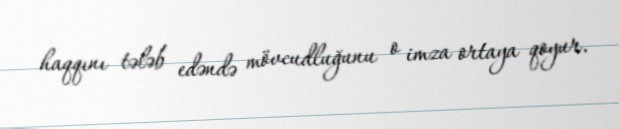
haqqını tələb edəndə mövcudluğunu o imza ortaya qoyur.